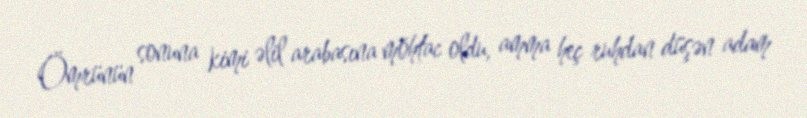
Ömrünün sonuna kimi əlil arabasına möhtac oldu, amma heç ruhdan düşən adam